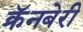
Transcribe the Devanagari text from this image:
क्रॅनबेरी